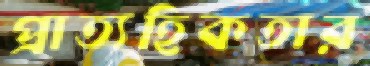
প্রাত্যহিকতার